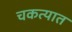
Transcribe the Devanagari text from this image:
चकत्यात